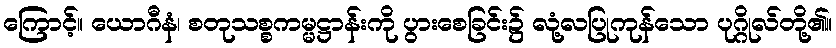
ကြောင့်။ ယောဂီနံ၊ စတုသစ္စကမ္မဋ္ဌာန်းကို ပွားစေခြင်း၌ လုံ့လပြုကုန်သော ပုဂ္ဂိုလ်တို့၏။